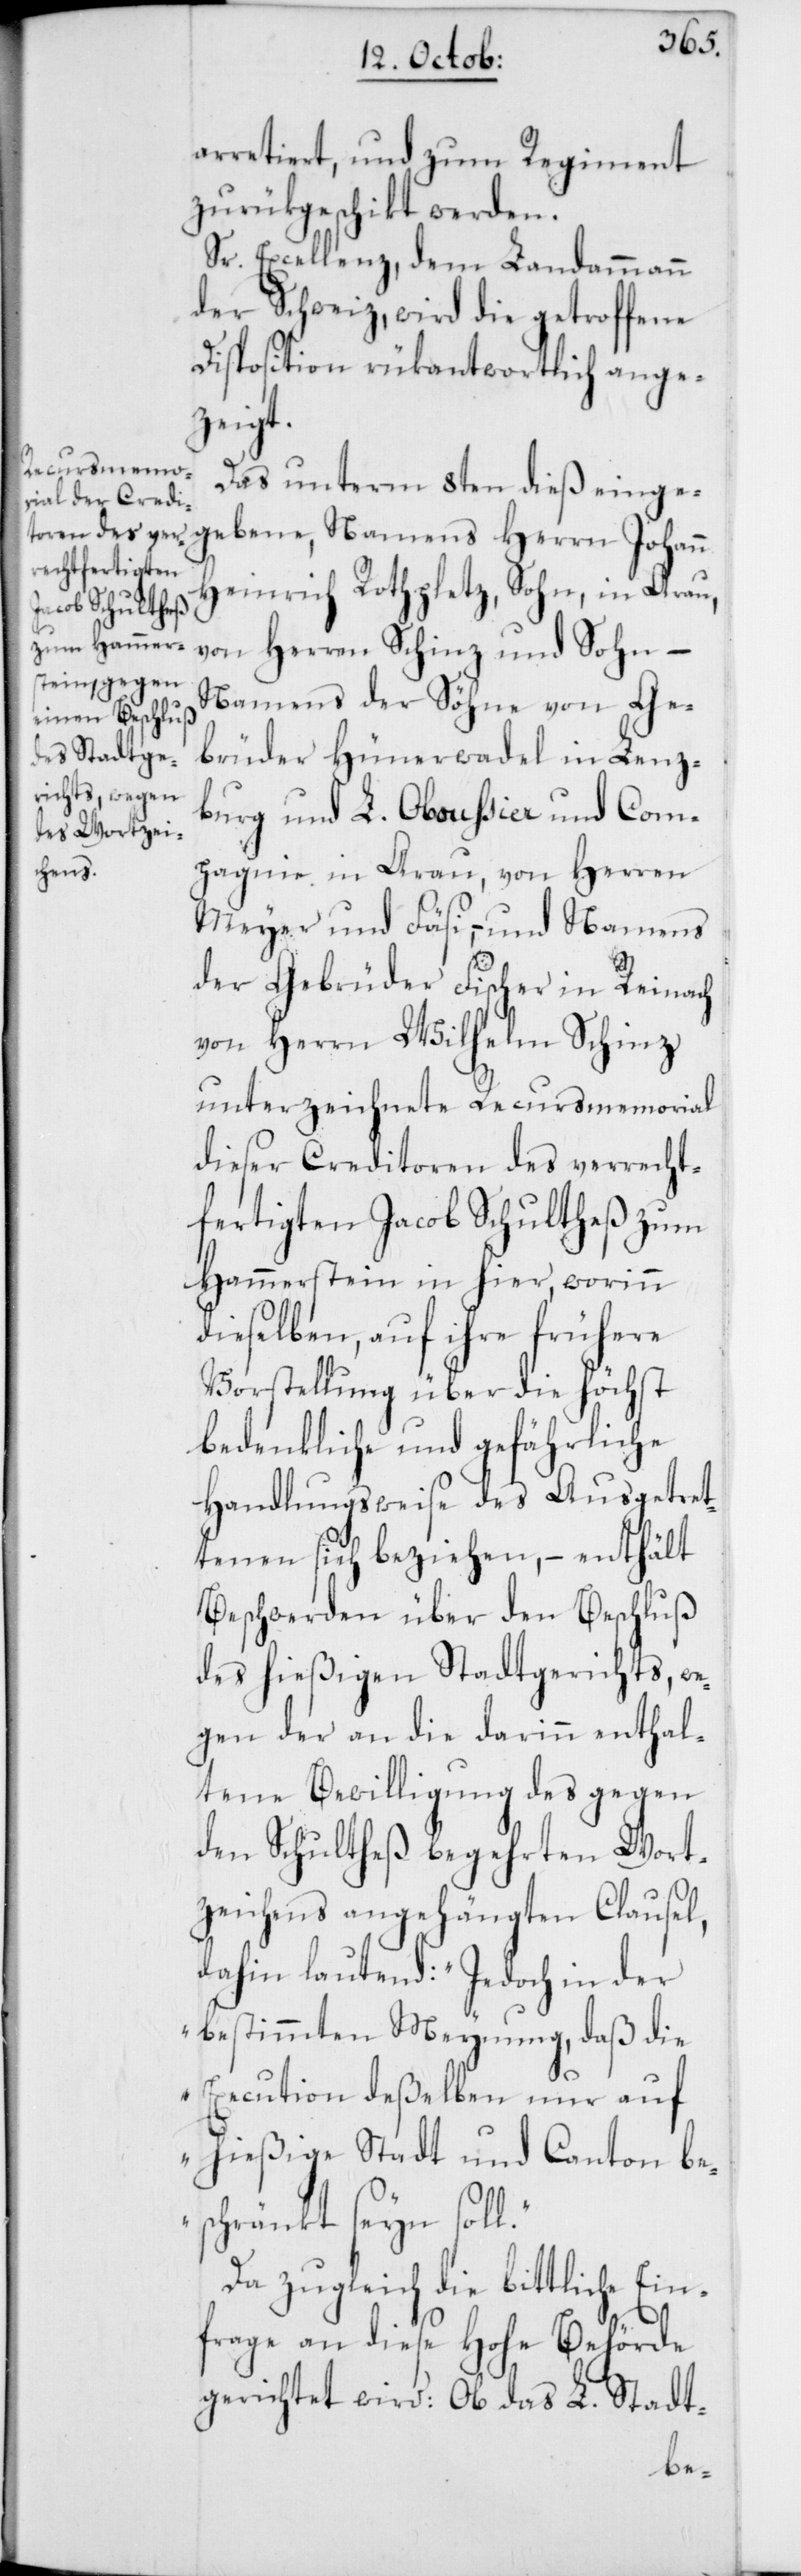
arretiert, und zum Regiment
zurükgeschikt werden.
Sr. Excellenz, dem Landammann
der Schweiz, wird die getroffene
Disposition rükantwortlich ange¬
zeigt.
Das unterm 8ten dieß eingeg¬
Heinrich Rothpletz, Sohn, in Arau,
ebene, Namens
von Herren Schinz und Sohn,
Namens der Söhne von Ge¬
brüder Hünerwadel in Lenz¬
burg und L. Oboußier und Com¬
pagnie in Arau, von Herren
Meyer und Fäsi, – und Namens
der Gebürder Fischer in Reinach
von Herrn Wilhelm Schinz
unterzeichnete Recursmemorial
dieser Creditoren des verrecht¬
fertigten Jacob Schultheß zum
Hammerstein in hier, worinn
dieselben, auf ihre frühere
Vorstellung über die höchst
bedenkliche und gefährliche
Handlungsweise des Ausgetret¬
enen sich beziehen, – enthält
Beschwerden über den Beschluß
des hießigen Stadtgerichts, we¬
gen der an die darinn enthal¬
tene Bewilligung des gegen
den Schultheß begehrte Wort¬
zeichens angehängten Clausel,
dahin lautend: „Jedoch in der
bestimmten Meynung, daß die
Execution deßelben nur auf
hießige Stadt und Canton be¬
schränkt seyn sol¬
Da zugleich die bittliche Ein¬
frage an diese Hohe Behörde
gerichtet wird: Ob das L. Stadt-
l.“